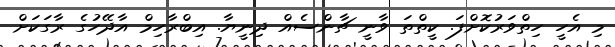
މި އެހީ ހިތްވަރުކޮށްފަ. ކީތްތަ ވާނީ ޗާންސެއް ދިނީޔާ. އިބްރާހިމް އާދޭހުގެ ރާގަކަށް